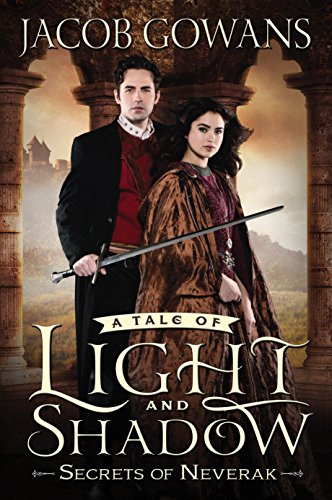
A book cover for Secrets of Neverak (Tale of Light and Shadow); Jacob Gowans; Teen & Young Adult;